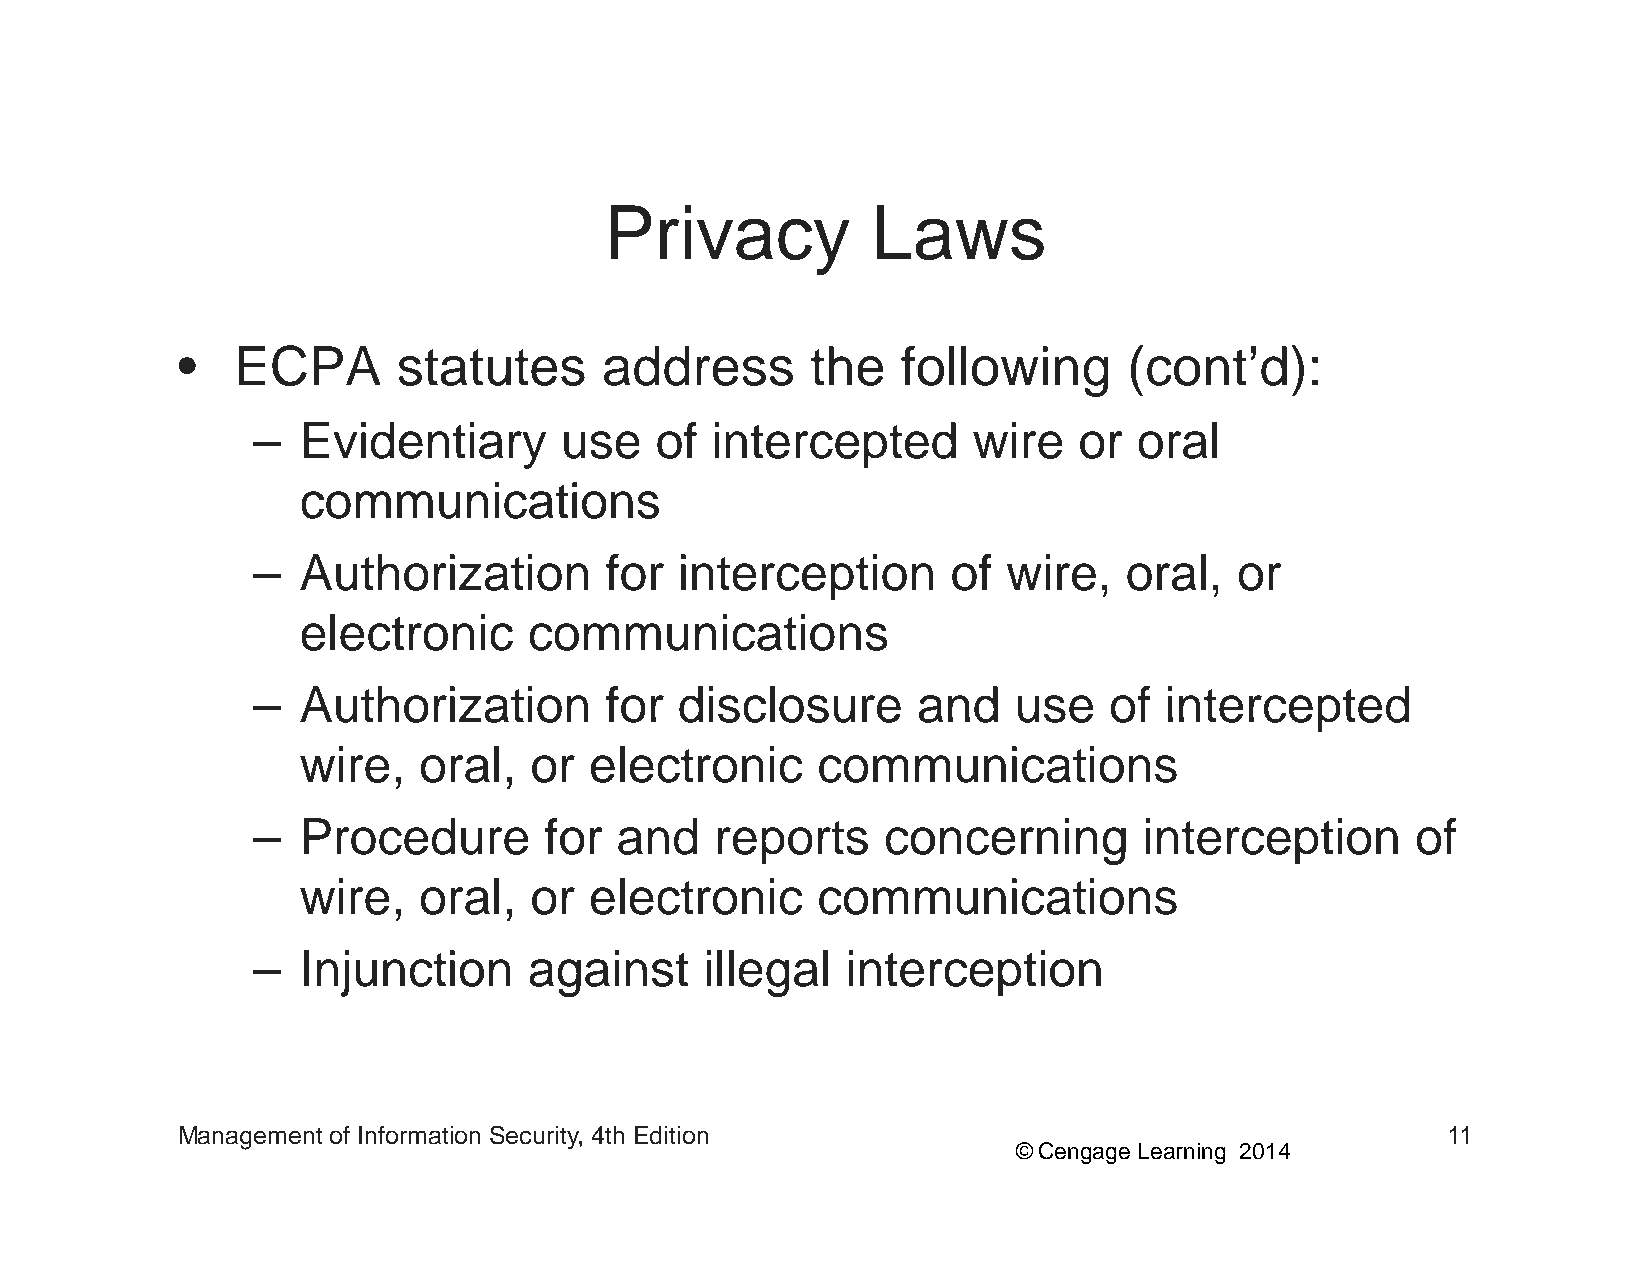
PPrriivvaaccyy    LLaawwss
 •  ECPA       statutes      address       the   followingg     ((cont’d)):
 –  Evidentiary      use   of  intercepted      wire   or  oral
 communications
 –  AAutthhoriizattiion ffor iinttercepttiion  off wiire, orall,  or
 electronic     communications
 –  AAuutthhoorriizzaattiioonn ffoorr ddiisscclloossuurree aanndd uussee ooff iinntteerrcceepptteedd
 wire,   oral,  or  electronic     communications
 –  Procedure       for  and   reports    concerning        interception      of
 wire,   oral,  or  electronic     communications
 –  Injunction     against     illegal  interception
 Management of Information Security, 4th Edition                                     11
 © Cengage Learning 2014